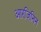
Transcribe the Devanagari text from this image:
आरजिनिन